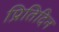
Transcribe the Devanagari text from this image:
प्रितिदिन